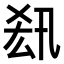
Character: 𠫲